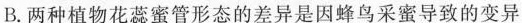
B. 两种植物花蕊蜜管形态的差异是因蜂鸟采蜜导致的变异